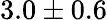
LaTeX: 3.0\pm 0.6